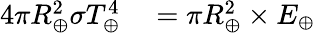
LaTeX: \begin{array}{rl}{4\pi R_{\oplus}^{2}\sigma T_{\oplus}^{4}}&{{}=\pi R_{\oplus}^{2}\times E_{\oplus}}\end{array}